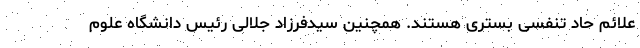
علائم حاد تنفسی بستری هستند. همچنین سیدفرزاد جلالی رئیس دانشگاه علوم